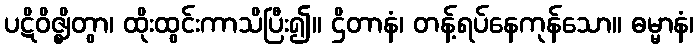
ပဋိဝိဇ္ဈိတွာ၊ ထိုးထွင်းကာသိပြီး၍။ ဌိတာနံ၊ တန့်ရပ်နေကုန်သော။ ဓမ္မာနံ၊